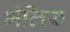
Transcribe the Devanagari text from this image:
भेलिरु